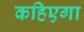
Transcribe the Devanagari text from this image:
कहिएगा